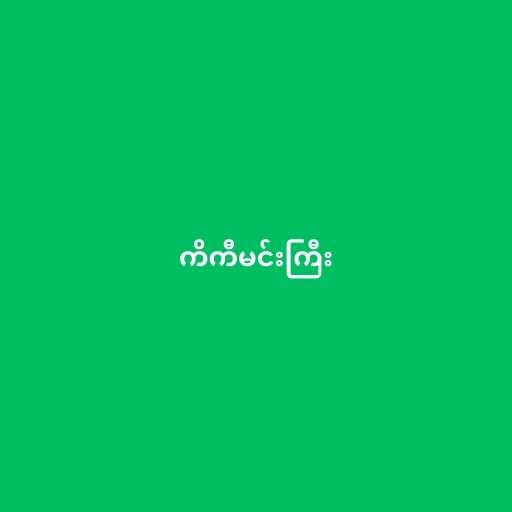
ကိကီမင်းကြီး